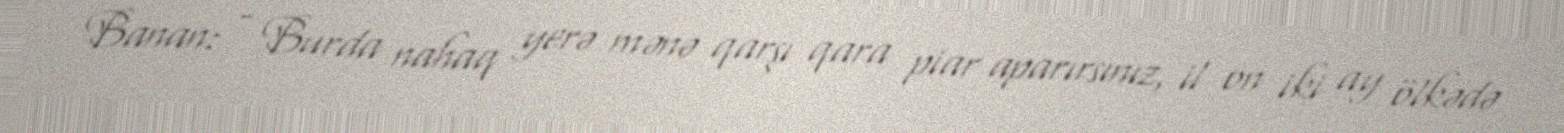
Banan: - Burda nahaq yerə mənə qarşı qara piar aparırsınız, il on iki ay ölkədə